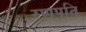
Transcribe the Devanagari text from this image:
रणपति